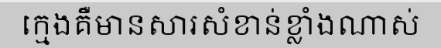
ក្មេងគឺមានសារសំខាន់ខ្លាំងណាស់